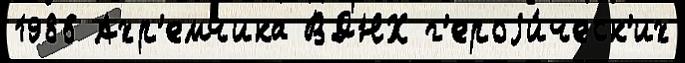
1986 Ахр'емчика ВДНХ г'ероjи́ческ'их